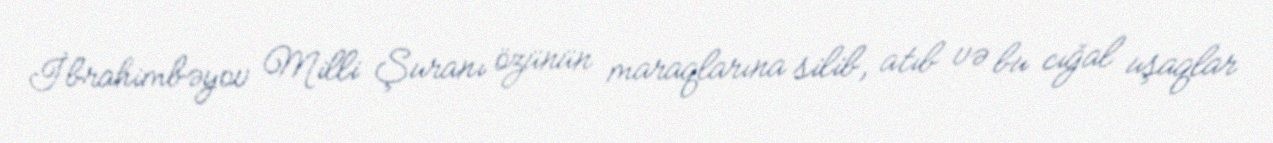
İbrahimbəyov Milli Şuranı özünün maraqlarına silib, atıb və bu cığal uşaqlar